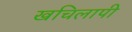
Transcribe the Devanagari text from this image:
खचिलापी